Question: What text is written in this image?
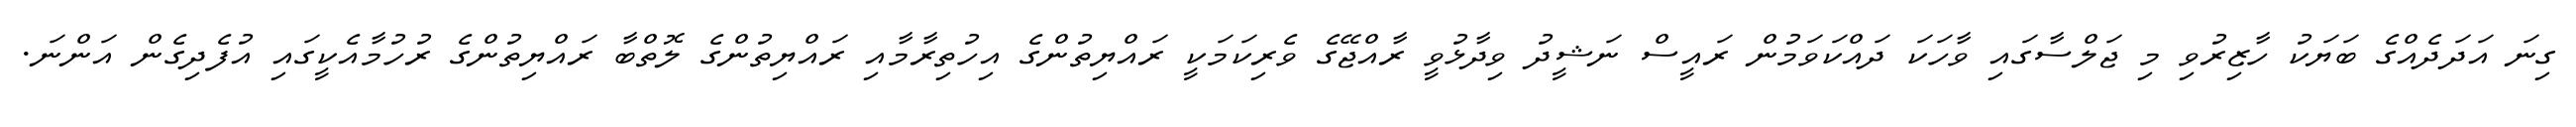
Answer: ގިނަ އަދަދެއްގެ ބަޔަކު ހާޒިރުވި މި ޖަލްސާގައި ވާހަކަ ދައްކަވަމުން ރައީސް ނަޝީދު ވިދާޅުވީ ރާއްޖޭގެ ވެރިކަމަކީ ރައްޔިތުންގެ އިހުތިރާމާއި ރައްޔިތުންގެ ލޮތްބާ ރައްޔިތުންގެ ރުހުމާއެކީގައި އުފެދިގެން އަންނަ.